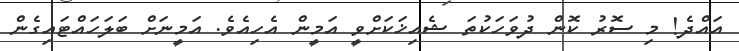
އައްދެ! މި ސޮރު ކޮން ދުވަހަކުތަ ޝެއިޚަކަށްވީ އަމީން އެހިއެވެ. އަމީނަށް ބަލަހައްޓައިގެން